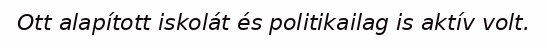
Ott alapított iskolát és politikailag is aktív volt.